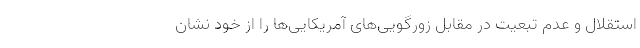
استقلال و عدم تبعیت در مقابل زورگویی‌های آمریکایی‌ها را از خود نشان